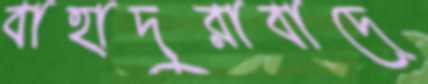
বাহাদুরাবাদে